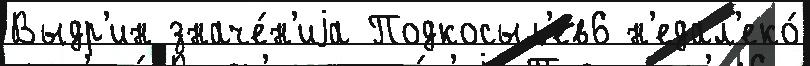
Выдр'ин значе́н'иjа Подкосыл'ев6 н'едал'еко́